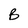
Character: B